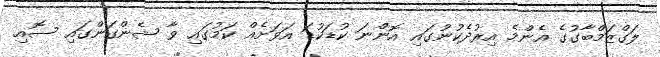
ލަގްޒަމްބާގުގެ އެންމެ އިރުދެކުނުގައި އޮންނަ ކުޑަކުޑަ އަވަށެއް ކަމުގައި ވާ ޝެންގަންގައި ސޮއި